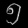
Digit: ၅